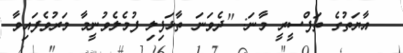
އާޔަތުގެ ތަފްސީރީ މާނަ: ''ދެވަނަ ތާޅަފިލި ފުމެލެވުނީމާ މަރުވެފައިވާ